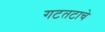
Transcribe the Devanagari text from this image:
गटतटाचे